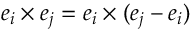
\boldsymbol { e } _ { i } \times \boldsymbol { e } _ { j } = \boldsymbol { e } _ { i } \times ( \boldsymbol { e } _ { j } - \boldsymbol { e } _ { i } )